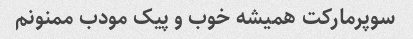
سوپرمارکت همیشه خوب و پیک مودب ممنونم